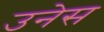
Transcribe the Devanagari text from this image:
उनेस